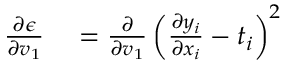
\begin{array} { r l } { \frac { \partial \epsilon } { \partial v _ { 1 } } } & { { } = \frac { \partial } { \partial v _ { 1 } } \left( \frac { \partial y _ { i } } { \partial x _ { i } } - t _ { i } \right) ^ { 2 } } \end{array}